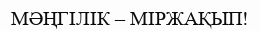
МӘҢГІЛІК – МІРЖАҚЫП!